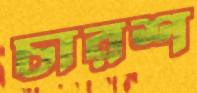
চারশ